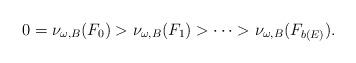
LaTeX: \begin{align*}0=\nu_{\omega, B}(F_0)>\nu_{\omega, B}(F_1)> \cdots >\nu_{\omega, B}(F_{b(E)}). \end{align*}